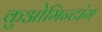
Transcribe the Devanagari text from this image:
कुओमिन्टांग